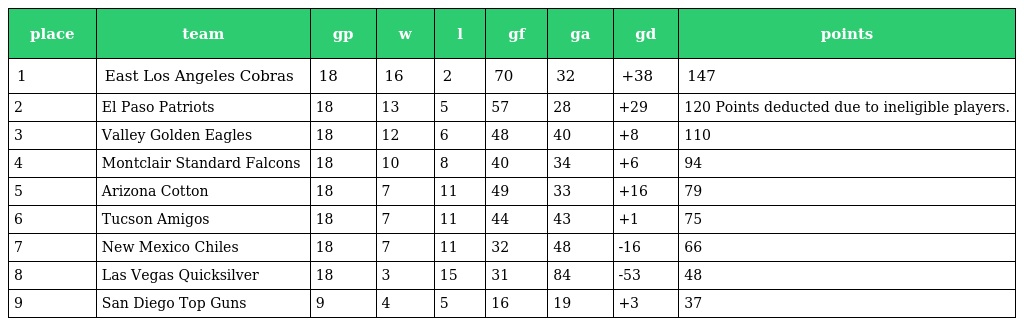
| place | team | gp | w | l | gf | ga | gd | points |
 | --- | --- | --- | --- | --- | --- | --- | --- | --- |
 | 1 | East Los Angeles Cobras | 18 | 16 | 2 | 70 | 32 | +38 | 147 |
 | 2 | El Paso Patriots | 18 | 13 | 5 | 57 | 28 | +29 | 120 Points deducted due to ineligible players. |
 | 3 | Valley Golden Eagles | 18 | 12 | 6 | 48 | 40 | +8 | 110 |
 | 4 | Montclair Standard Falcons | 18 | 10 | 8 | 40 | 34 | +6 | 94 |
 | 5 | Arizona Cotton | 18 | 7 | 11 | 49 | 33 | +16 | 79 |
 | 6 | Tucson Amigos | 18 | 7 | 11 | 44 | 43 | +1 | 75 |
 | 7 | New Mexico Chiles | 18 | 7 | 11 | 32 | 48 | -16 | 66 |
 | 8 | Las Vegas Quicksilver | 18 | 3 | 15 | 31 | 84 | -53 | 48 |
 | 9 | San Diego Top Guns | 9 | 4 | 5 | 16 | 19 | +3 | 37 |